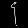
Digit: ၄